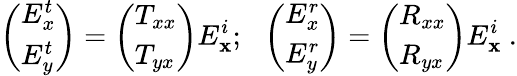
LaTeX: \left(\begin{array}{l}{E_{x}^{t}}\\ {E_{y}^{t}}\end{array}\right)=\left(\begin{array}{l}{T_{xx}}\\ {T_{yx}}\end{array}\right)E_{\mathbf{x}}^{i};~~\left(\begin{array}{l}{E_{x}^{r}}\\ {E_{y}^{r}}\end{array}\right)=\left(\begin{array}{l}{R_{xx}}\\ {R_{yx}}\end{array}\right)E_{\mathbf{x}}^{i}\ .